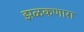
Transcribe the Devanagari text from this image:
झळकणारा